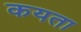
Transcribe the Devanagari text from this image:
कयता